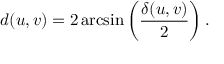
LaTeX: d ( u , v ) = 2 \arcsin \left( { \frac { \delta ( u , v ) } { 2 } } \right) .